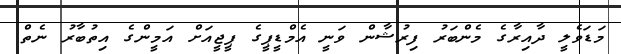
މަޑަވެލީ ދާއިރާގެ މެންބަރު ފިރުޝާން ވަނީ އެމްޑީޕީގެ ޕީޖީއަށް އަމީންގެ އިތުބާރު ނެތް